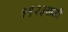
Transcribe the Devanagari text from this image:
१९२३साली